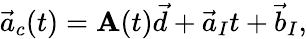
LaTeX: \vec{a}_{c}(t)=\mathbf{A}(t)\vec{d}+\vec{a}_{I}t+\vec{b}_{I},